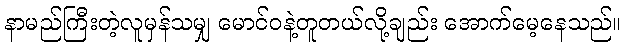
နာမည်ကြီးတဲ့လူမှန်သမျှ မောင်ဝနဲ့တူတယ်လို့ချည်း အောက်မေ့နေသည်။